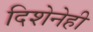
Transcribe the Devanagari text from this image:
दिशेनेही